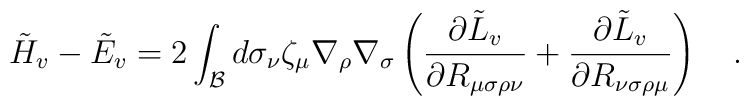
\tilde{H}_{v}-\tilde{E}_{v}=2\int_{\cal B}d\sigma_\nu\zeta_\mu\nabla_\rho\nabla_\sigma\left({\partial {\tilde L}_v \over \partial R_{\mu\sigma\rho\nu}}+{\partial {\tilde L}_v \over \partial R_{\nu\sigma\rho\mu}}\right)~~~.